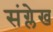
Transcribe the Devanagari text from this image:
संग्लेख